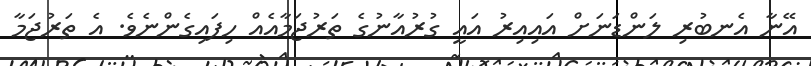
އޭނާ އެނބުރި ލަންޑަނަށް އައިއިރު އައީ ގުރުއާނުގެ ތަރުޖަމާއެއް ހިފައިގެންނެވެ. އެ ތަރުޖަމާ